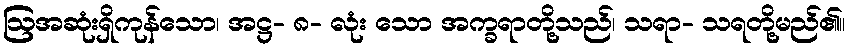
ဩအဆုံးရှိကုန်သော၊ အဋ္ဌ- ၈- လုံး သော အက္ခရာတို့သည်၊ သရာ- သရတို့မည်၏။